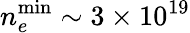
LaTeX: n_{e}^{\mathrm{min}}\sim 3\times 10^{19}